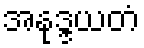
အနုဒ္ဒယတံ